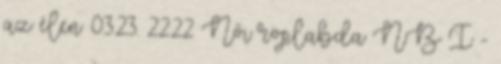
az élen 03.23. 22:22 Női röplabda NB I -